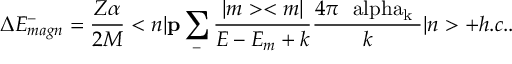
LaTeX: \Delta E _ { m a g n } ^ { - } = \frac { Z \alpha } { 2 M } < { n } | { \bf p } \sum _ { - } \frac { | m > < m | } { E - E _ { m } + k } \frac { 4 \pi \mathrm { \boldmath ~ \ a l p h a _ { k } ~ } } { k } | { n } > + h . c . .